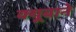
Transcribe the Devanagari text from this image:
क्यूबाने